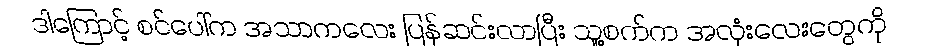
ဒါကြောင့် စင်ပေါ်က အသာကလေး ပြန်ဆင်းလာပြီး သူ့စက်က အလုံးလေးတွေကို